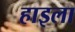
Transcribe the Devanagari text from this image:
हाइला